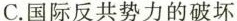
C.国际反共势力的破坏